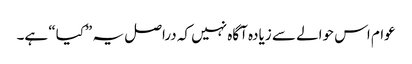
عوام اس حوالے سے زیادہ آگاہ نہیں کہ دراصل یہ ”کیا“ ہے۔